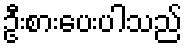
ဦးစားပေးပါသည်